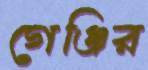
গেঞ্জির